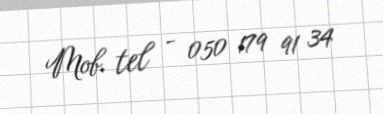
Mob. tel - 050 179 91 34